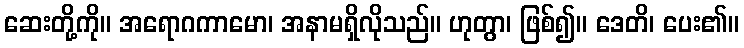
ဆေးတို့ကို။ အရောဂကာမော၊ အနာမရှိလိုသည်။ ဟုတွာ၊ ဖြစ်၍။ ဒေတိ၊ ပေး၏။